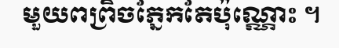
មួយពព្រិចភ្នែកតែប៉ុណ្ណោះ ។